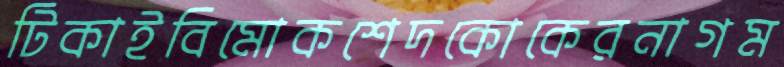
টিকাইবিমোকশেদকোকেরনাগম